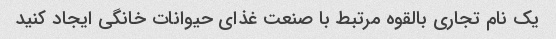
یک نام تجاری بالقوه مرتبط با صنعت غذای حیوانات خانگی ایجاد کنید